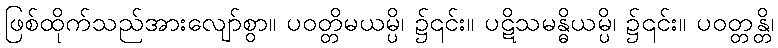
ဖြစ်ထိုက်သည်အားလျော်စွာ။ ပဝတ္တိမယမ္ပိ၊ ၌၎င်း။ ပဋိသမန္ဓိယမ္ပိ၊ ၌၎င်း။ ပဝတ္တန္တိ၊